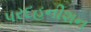
પરદહનીશન